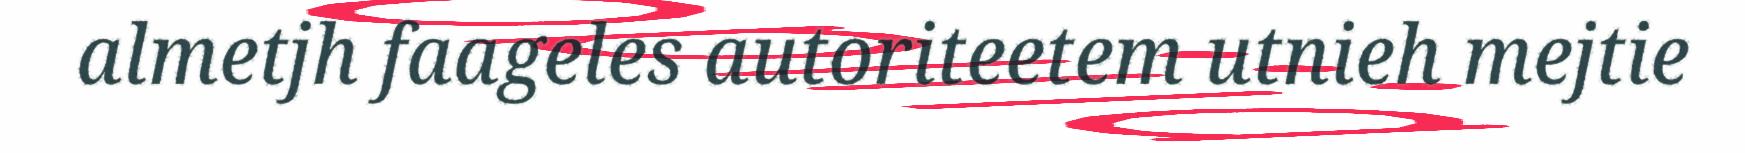
almetjh faageles autoriteetem utnieh mejtie